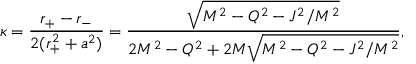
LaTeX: \kappa = { \frac { r _ { + } - r _ { - } } { 2 ( r _ { + } ^ { 2 } + a ^ { 2 } ) } } = { \frac { \sqrt { M ^ { 2 } - Q ^ { 2 } - J ^ { 2 } / M ^ { 2 } } } { 2 M ^ { 2 } - Q ^ { 2 } + 2 M { \sqrt { M ^ { 2 } - Q ^ { 2 } - J ^ { 2 } / M ^ { 2 } } } } } ,